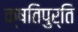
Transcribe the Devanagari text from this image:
क्षतिपुर्ति